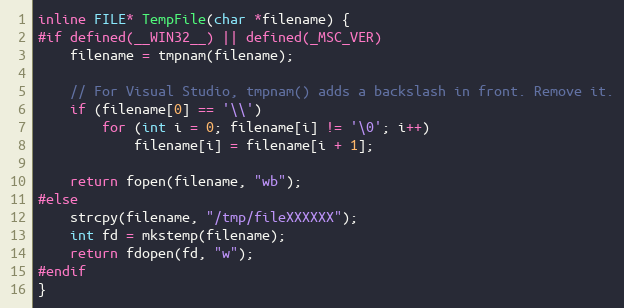
Language: C
inline FILE* TempFile(char *filename) {
#if defined(__WIN32__) || defined(_MSC_VER)
    filename = tmpnam(filename);

    // For Visual Studio, tmpnam() adds a backslash in front. Remove it.
    if (filename[0] == '\\')
        for (int i = 0; filename[i] != '\0'; i++)
            filename[i] = filename[i + 1];

    return fopen(filename, "wb");
#else
    strcpy(filename, "/tmp/fileXXXXXX");
    int fd = mkstemp(filename);
    return fdopen(fd, "w");
#endif
}